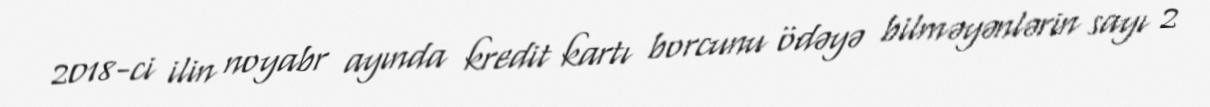
2018-ci ilin noyabr ayında kredit kartı borcunu ödəyə bilməyənlərin sayı 2